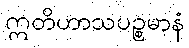
ဣတိဟာသပဉ္စမာနံ